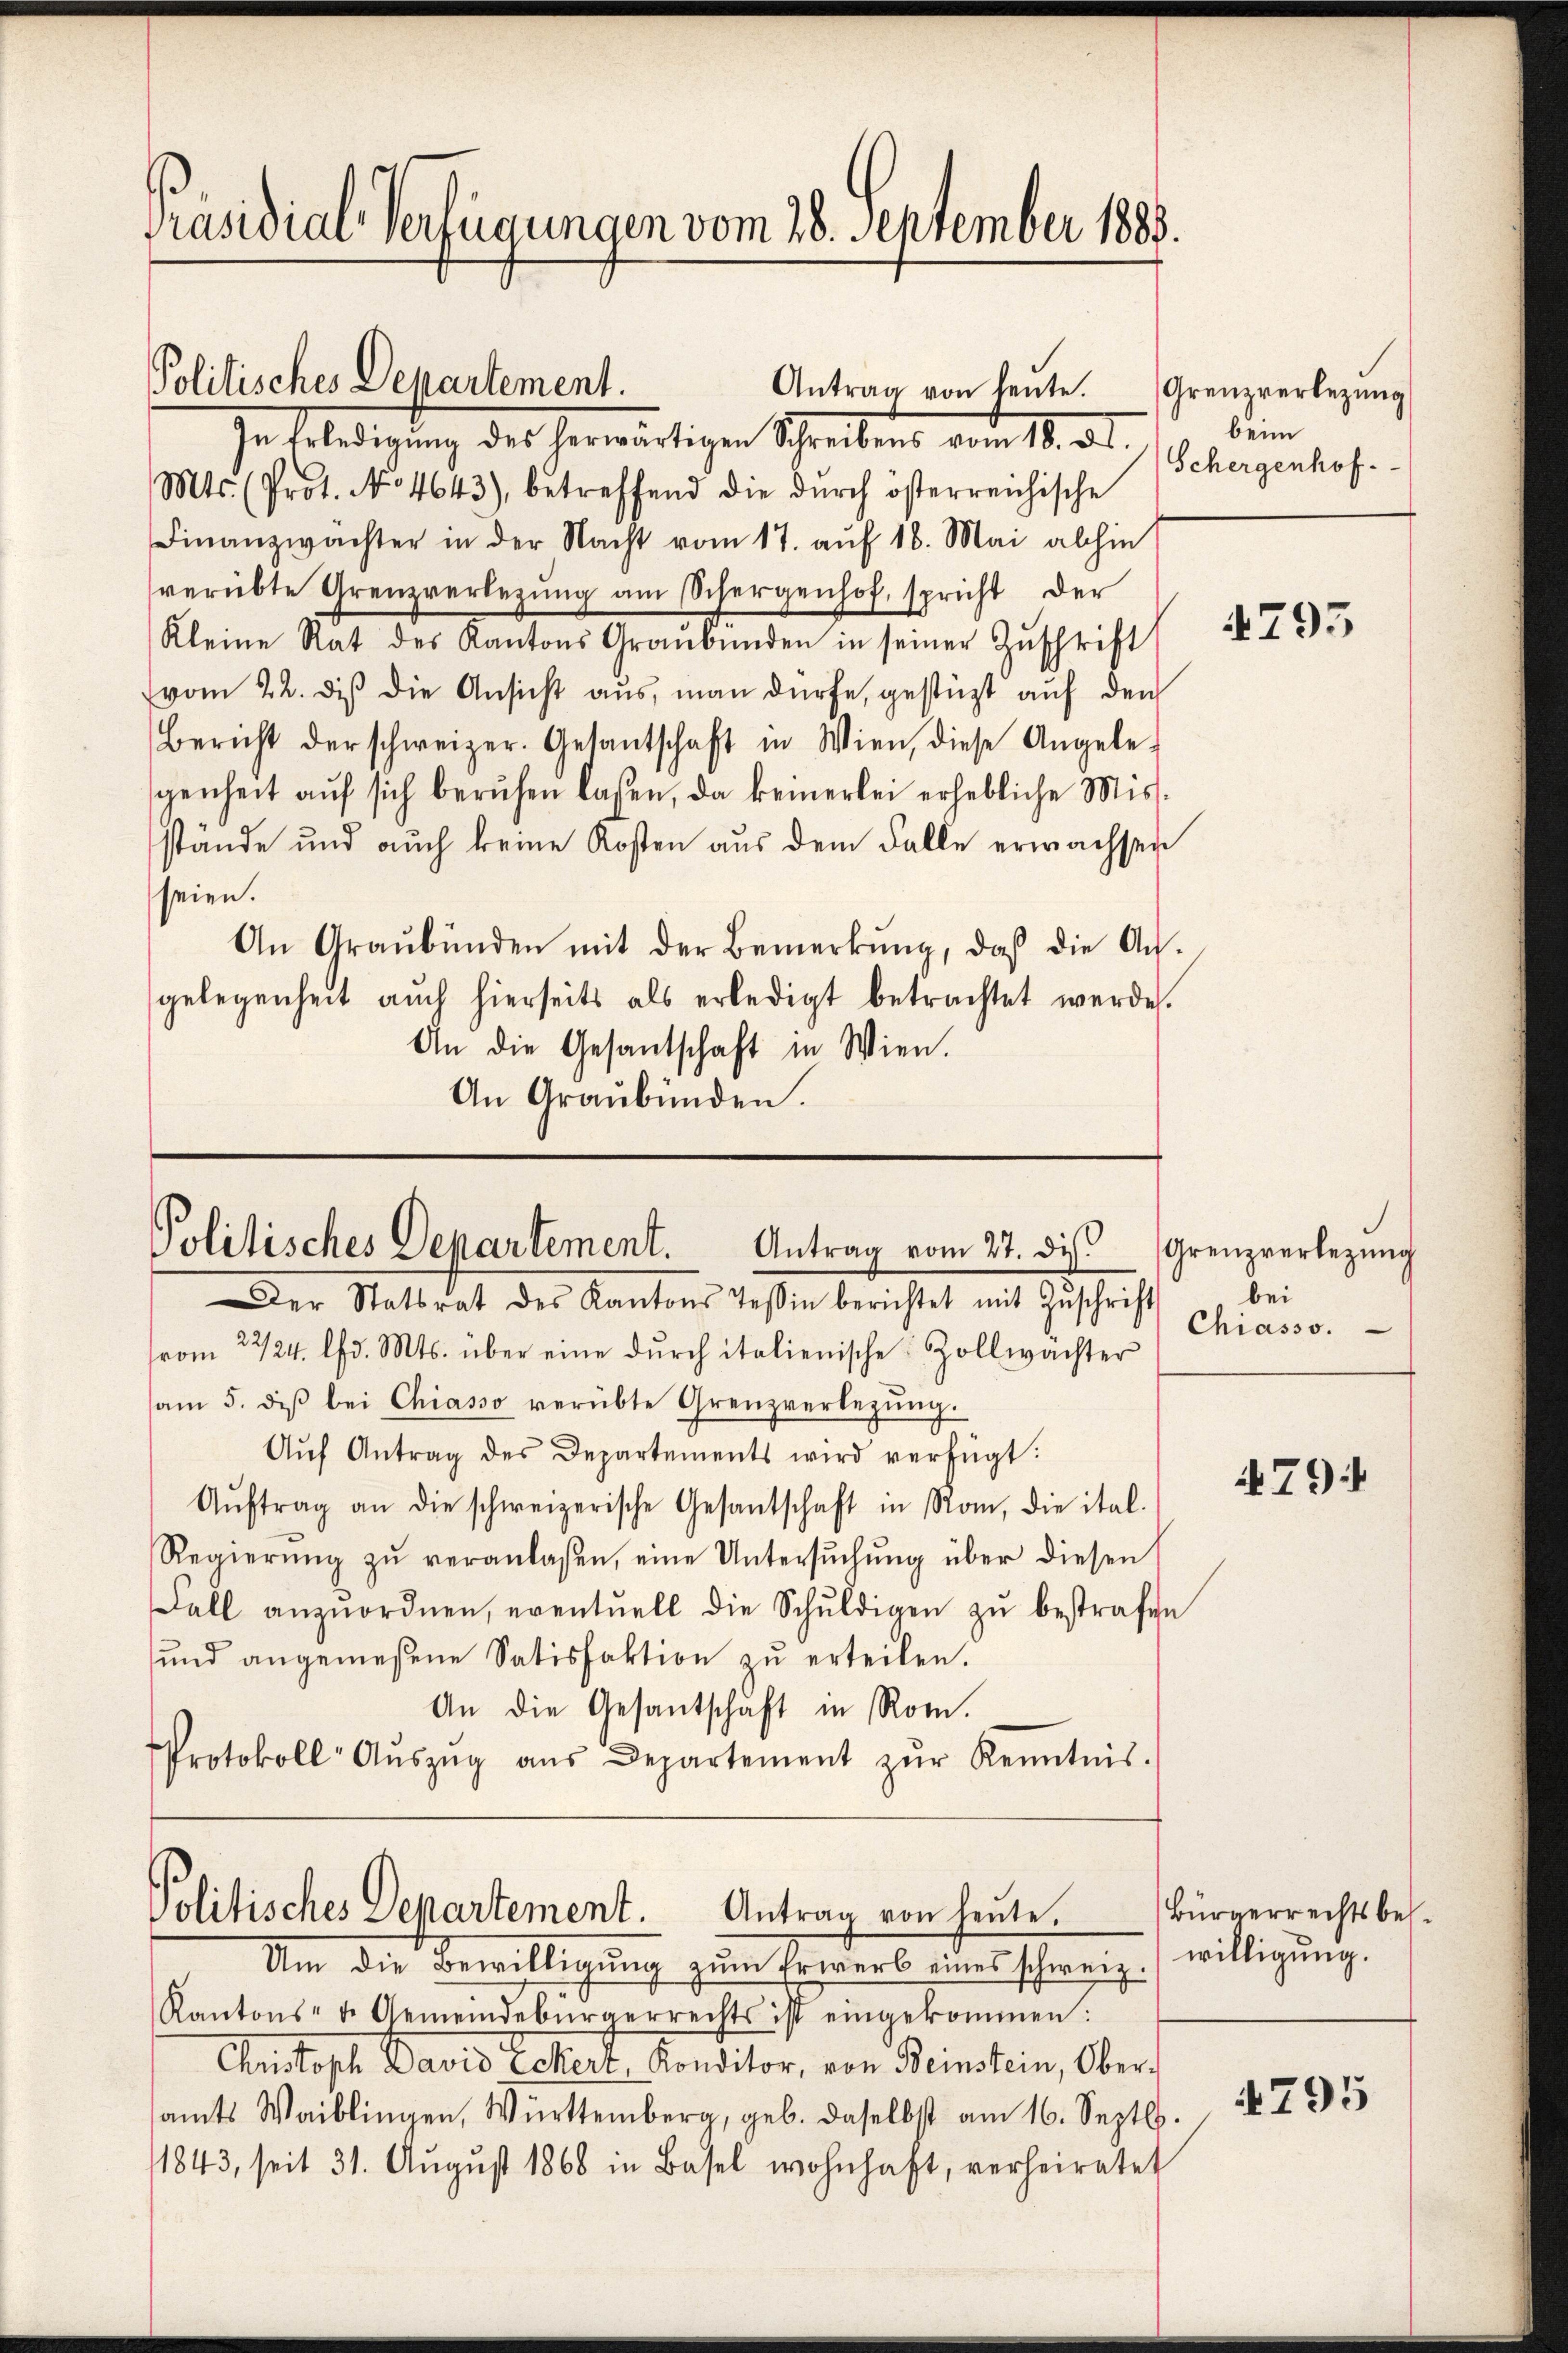
Präsidial-Verfügungen vom 28. September 1888.

In Erledigung des herwärtigen Schreibens vom 18. v.
Mts. (Prot. No 4643), betreffend die dŭrch österreichische
Finanzwachter in der Nacht vom 17. auf 18. Mai abhin
verübte Grenzverlegŭng am Schergenhof, spricht der
Kleine Rat des Kantons Graubünden in seiner Zŭschrift
vom 22. dis die Ansicht aus, man dürfe, gestüzt auf den
Bericht der schweizer. Gesantschaft in Wien, diese Angele-
genheit aŭf sich berufen laßen, da keinerlei erhebliche Miss-
stände und auch keine Kosten aus dem Falle erwachsen
seien.
An Graubünden mit der Bemerkŭng, daß die An-
gelegenheit auch hierseits als erledigt betrachtet werde.
An die Gesantschaft in Wien.
An Graubünden.

Politisches Departement.
Antrag von heute. Grenzverlegŭng

Politisches Departement. Antrag vom 27. dies

Politisches Departement. Antrag von heute.

beim
Schergenhof.

Um die Bewilligung zum Erwerb eines schweiz. willigung.
Kantons- u. Gemeindebürgerrechts ist eingekommen:
Christoph David Eckert, Konditor, von Beinstein, Ober-
samts Waiblingen, Württemberg, geb. daselbst am 16. Septbr.
1843, seit 31. Aŭgŭst 1868 in Basel wohnhaft, verheiratet

Der Statsrat des Kantons Tessin berichtet mit Zŭschrift
vom 22/24. lfd. Mts. über eine dŭrch italienische Zollwachter
am 5. diβ bei Chiasso verübte Grenzverlegŭng.
Aŭf Antrag des Departements wird verfügt:
Aŭftrag an die schweizerische Gesantschaft in Rom, die ital.
Regierŭng zŭ veranlaßen, eine Untersŭchŭng über diesen
Fall anzŭordnen, eventuell die Schŭldigen zŭ bestrafen
und angemeßene Satisfaktion zu erteilen.
An die Gesantschaft in Rom.
Protokoll- Aŭszŭg ans Departement zŭr Kenntnis.

4793

Grenzverlegung
bei
Chiasso.

79

Bürgerrechtsbes.

4795